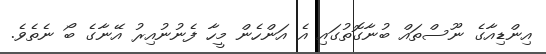
އިންޑިއާގެ ނޫސްތައް ބުނާގޮތުގައި އެ އަންހެން މީހާ ފެނުނުއިރު އޭނާގެ ބޯ ނެތެވެ.